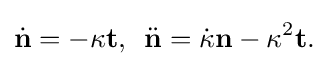
\displaystyle {{\dot {\mathbf {n} }}=-\kappa \mathbf {t} ,\,\,\,{\ddot {\mathbf {n} }}={\dot {\kappa }}\mathbf {n} -\kappa ^{2}\mathbf {t} .}